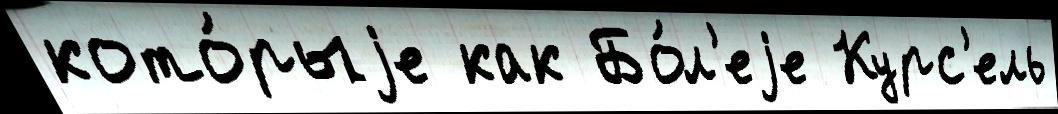
кото́рыjе как Бо́л'еjе Курс'ель